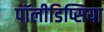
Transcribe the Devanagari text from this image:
पॉलीडिप्सिया